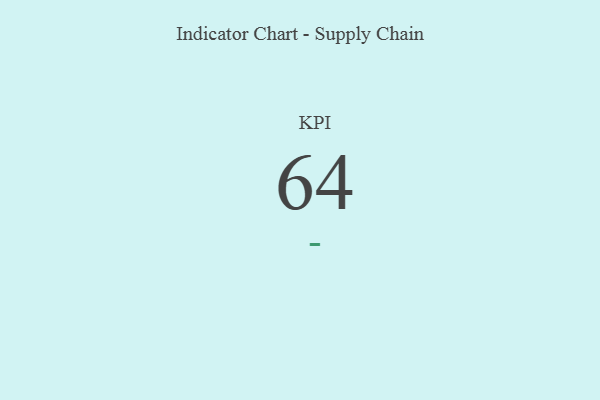
{"axis": {"x": "KPI", "y": "Value"}, "legend": [""], "data": [{"x": "KPI", "y": 64, "type": ""}]}